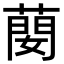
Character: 蔅